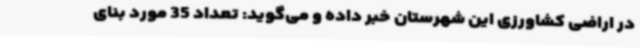
در اراضی کشاورزی این شهرستان خبر داده و می‌گوید: تعداد 35 مورد بنای